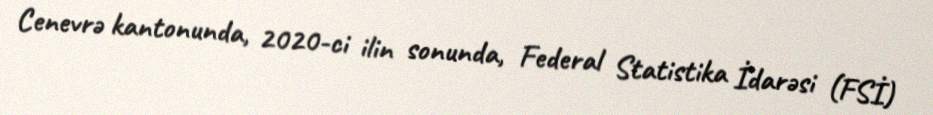
Cenevrə kantonunda, 2020-ci ilin sonunda, Federal Statistika İdarəsi (FSİ)